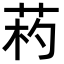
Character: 𦯪